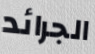
الجرائد